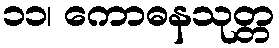
၁၁၊ ကောဓနသုတ္တ